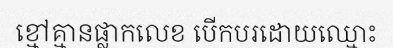
ខ្មៅគ្មានផ្លាកលេខ បើកបរដោយឈ្មោះ